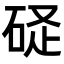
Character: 𥒧